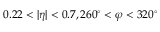
0 . 2 2 < | \eta | < 0 . 7 , 2 6 0 ^ { \circ } < \varphi < 3 2 0 ^ { \circ }